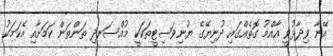
އޭނާ ވިދާޅުވީ އާއްމު ގޮތެއްގައި ދުނިޔޭގެ ޔުނިވަސިޓީތަކަކީ މުއްސަނދި ތަންތަން ކަމަށާއި އެކަމަކު